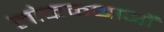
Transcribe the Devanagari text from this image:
लोककथाआें